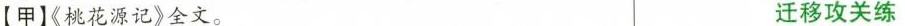
【甲】《桃花源记》全文。 迁移攻关练